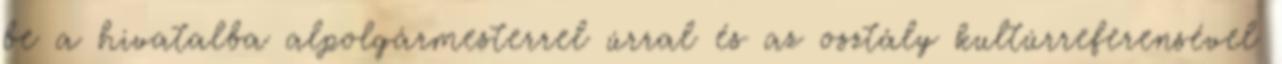
be a hivatalba alpolgármesterrel úrral és az osztály kultúrreferensével